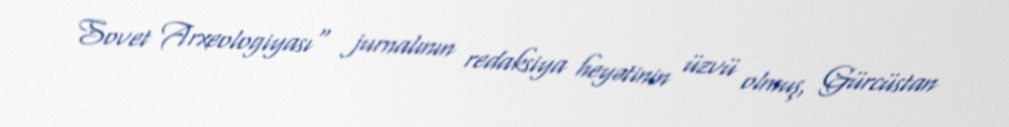
Sovet Arxeologiyası" jurnalının redaksiya heyətinin üzvü olmuş, Gürcüstan